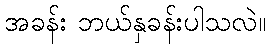
အခန်း ဘယ်နှခန်းပါသလဲ။